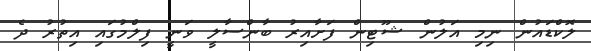
ލޮކްޑައުން ނިމި އަލުން ޝޫޓިން ފަށާއިރު ބާންސާލީ ވަނީ ފިލްމުގައި އިތުރު ދެ